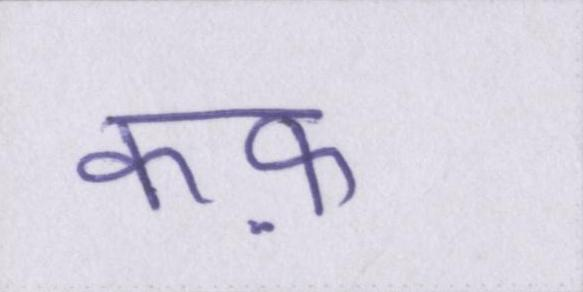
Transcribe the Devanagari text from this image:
कफ़